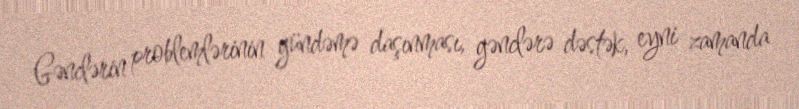
Gənclərin problemlərinin gündəmə daşınması, gənclərə dəstək, eyni zamanda